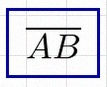
\overline{AB}